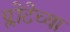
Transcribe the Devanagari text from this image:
प्लोटेच्या